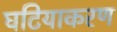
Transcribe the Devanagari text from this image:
घटियाकरण